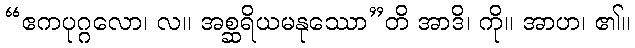
“ဧကပုဂ္ဂလော၊ လ။ အစ္ဆရိယမနုဿော”တိ အာဒိ၊ ကို။ အာဟ၊ ၏။